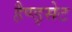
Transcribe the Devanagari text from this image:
हैण्ड्सेट